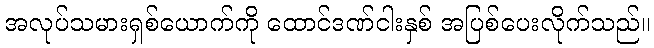
အလုပ်သမားရှစ်ယောက်ကို ထောင်ဒဏ်ငါးနှစ် အပြစ်ပေးလိုက်သည်။